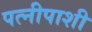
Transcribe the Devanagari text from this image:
पत्नीपाशी